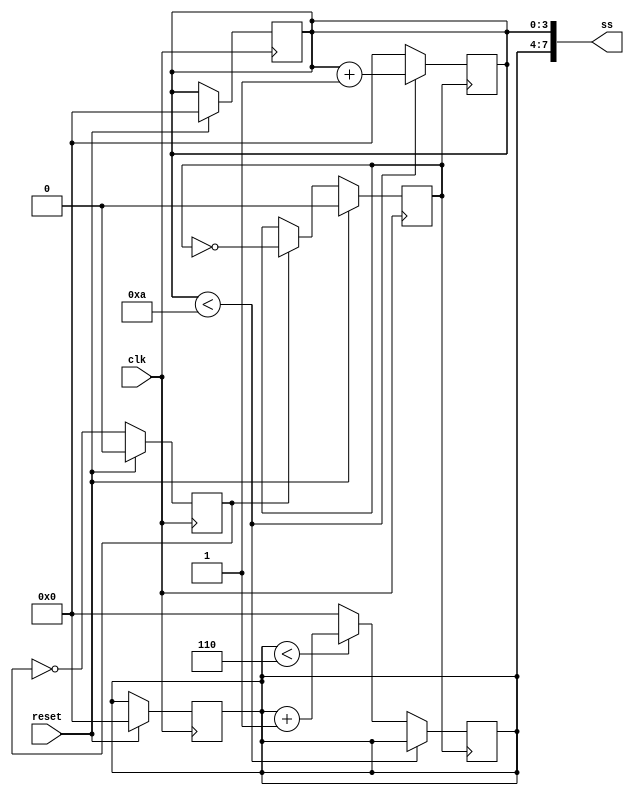
module top_module(
    input 			clk		,  //4Hz
    input 			reset	,
	output	[7:0]	ss
); 
	// Write your code here
    reg [3:0]ss1, ss2;
    reg clk_s = 0;
    reg clk_count = 0;
    always@(posedge clk) begin
        if(reset)begin
            ss1 <= 0;
            ss2 <= 0;
            clk_s <= 0;
            clk_count <= 0;
        end
        else begin
            clk_count <= ~clk_count;
            if(clk_count) clk_s <= ~clk_s;
        end
    end
    always@(negedge clk_s)begin
        if(ss1 < 4'd10) ss1 <= ss1 + 1;
        else begin
            ss1 <= 0;
            if(ss2 < 4'd6) ss2 <= ss2 + 1;
            else ss2 <= 0;
        end
    end
    assign ss = {ss2, ss1};
    
endmodule